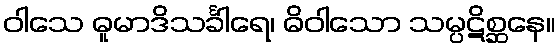
ဝါသေ ဓူမာဒိသင်္ခါရေ၊ ဓိဝါသော သမ္ပဋိစ္ဆနေ။